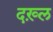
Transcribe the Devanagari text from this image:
दख़्ल